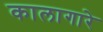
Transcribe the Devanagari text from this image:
कालागारे